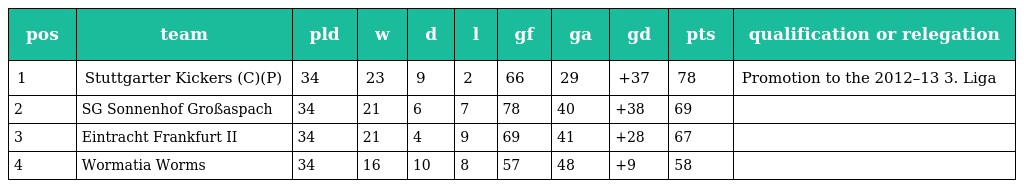
| pos | team | pld | w | d | l | gf | ga | gd | pts | qualification or relegation |
 | --- | --- | --- | --- | --- | --- | --- | --- | --- | --- | --- |
 | 1 | Stuttgarter Kickers (C)(P) | 34 | 23 | 9 | 2 | 66 | 29 | +37 | 78 | Promotion to the 2012–13 3. Liga |
 | 2 | SG Sonnenhof Großaspach | 34 | 21 | 6 | 7 | 78 | 40 | +38 | 69 |  |
 | 3 | Eintracht Frankfurt II | 34 | 21 | 4 | 9 | 69 | 41 | +28 | 67 |  |
 | 4 | Wormatia Worms | 34 | 16 | 10 | 8 | 57 | 48 | +9 | 58 |  |